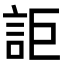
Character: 詎